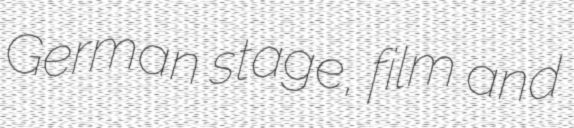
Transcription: German stage, film and